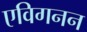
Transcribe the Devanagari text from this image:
एविगनन